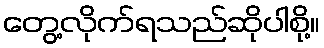
တွေ့လိုက်ရသည်ဆိုပါစို့။